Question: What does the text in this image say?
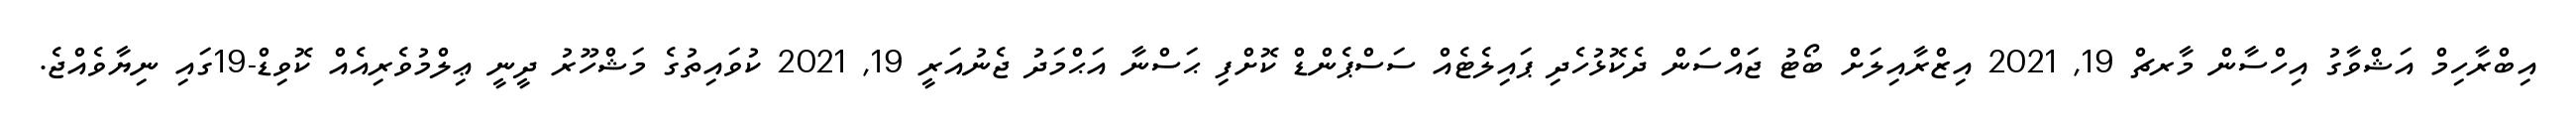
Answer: އިބްރާހިމް އަޝްވާގު އިހްސާން މާރޗް 19, 2021 އިޒްރާއިލަށް ބޯޓު ޖައްސަން ދެކޮޅުހެދި ޕައިލެޓެއް ސަސްޕެންޑް ކޮށްފި ޙަސްނާ އަޙްމަދު ޖެނުއަރީ 19, 2021 ކުވައިތުގެ މަޝްހޫރު ދީނީ ޢިލްމުވެރިއެއް ކޮވިޑް-19ގައި ނިޔާވެއްޖެ.